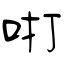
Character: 咑